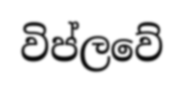
විප්ලවේ